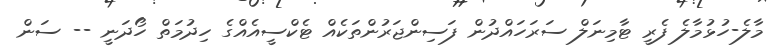
މާލެ-ހުޅުމާލެ ފެރީ ޓާމިނަލް ސަރަހައްދުން ފަސިންޖަރުންތަކެއް ޓެކްސީއެއްގެ ހިދުމަތް ހޯދަނީ -- ސަން